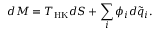
d M = T _ { \mathrm { H K } } d S + \sum _ { i } \phi _ { i } d \tilde { q } _ { i } .